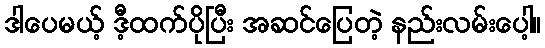
ဒါပေမယ့် ဒီ့ထက်ပိုပြီး အဆင်ပြေတဲ့ နည်းလမ်းပေါ့။